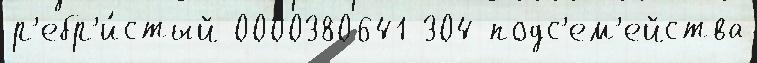
р'ебр'и́стый 0000380641 304 подс'ем'ейства